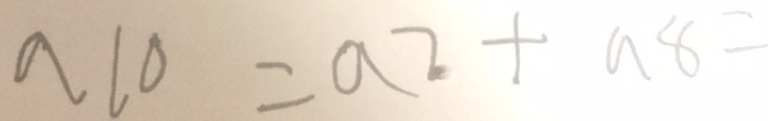
a 1 0 = a 2 + a 8 =